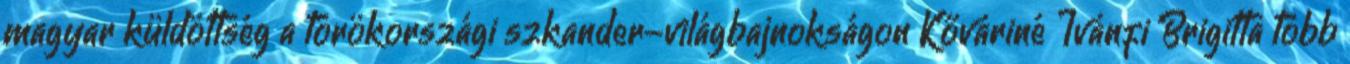
magyar küldöttség a törökországi szkander-világbajnokságon Kőváriné Ivánfi Brigitta több